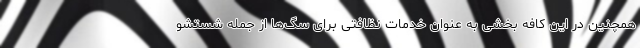
همچنین در این کافه بخشی به عنوان خدمات نظافتی برای سگ‌ها از جمله شستشو